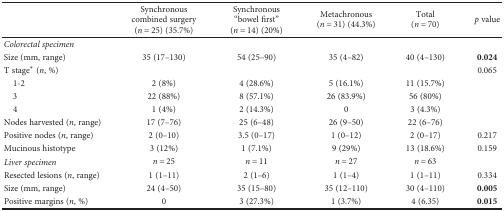
|  | Synchronous combined surgery (n = 25) (35.7%) | Synchronous “bowel first” (n = 14) (20%) | Metachronous (n = 31) (44.3%) | Total (n = 70) | p value |
 | --- | --- | --- | --- | --- | --- |
 | Colorectal specimen |  |  |  |  |  |
 | Size (mm, range) | 35 (17–130) | 54 (25–90) | 35 (4–82) | 40 (4–130) | 0.024 |
 | T stage∗ (n, %) |  |  |  |  | 0.065 |
 | 1-2 | 2 (8%) | 4 (28.6%) | 5 (16.1%) | 11 (15.7%) |  |
 | 3 | 22 (88%) | 8 (57.1%) | 26 (83.9%) | 56 (80%) |  |
 | 4 | 1 (4%) | 2 (14.3%) | 0 | 3 (4.3%) |  |
 | Nodes harvested (n, range) | 17 (7–76) | 25 (6–48) | 26 (9–50) | 22 (6–76) |  |
 | Positive nodes (n, range) | 2 (0–10) | 3.5 (0–17) | 1 (0–12) | 2 (0–17) | 0.217 |
 | Mucinous histotype | 3 (12%) | 1 (7.1%) | 9 (29%) | 13 (18.6%) | 0.159 |
 | Liver specimen | n = 25 | n = 11 | n = 27 | n = 63 |  |
 | Resected lesions (n, range) | 1 (1–11) | 2 (1–6) | 1 (1–4) | 1 (1–11) | 0.334 |
 | Size (mm, range) | 24 (4–50) | 35 (15–80) | 35 (12–110) | 30 (4–110) | 0.005 |
 | Positive margins (n, %) | 0 | 3 (27.3%) | 1 (3.7%) | 4 (6.35) | 0.015 |